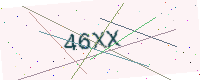
Text: 46XX